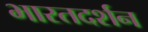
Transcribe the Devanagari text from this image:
भारतदर्शन